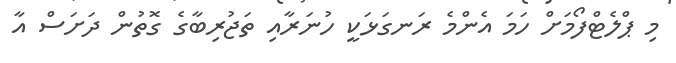
މި ޕްލެޓްފޯމަށް ހަމަ އެންމެ ރަނގަޅަކީ ހުނަރާއި ތަޖުރިބާގެ ގޮތުން ދަށަސް އާ